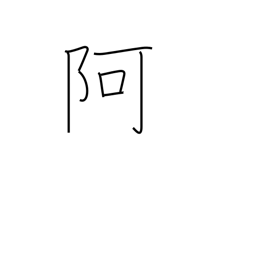
Meaning: nook